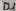
Text: D4